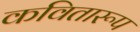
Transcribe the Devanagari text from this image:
कवितारूप